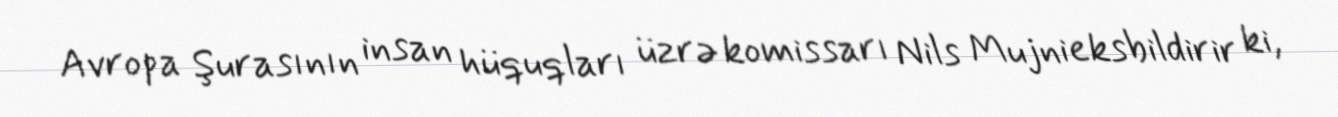
Avropa Şurasının insan hüquqları üzrə komissarı Nils Mujnieksbildirir ki,